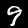
Digit: 9